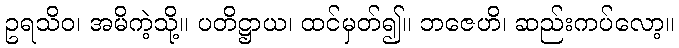
ဥရသိဝ၊ အမိကဲ့သို့။ ပတိဋ္ဌာယ၊ ထင်မှတ်၍။ ဘဇေဟိ၊ ဆည်းကပ်လော့။